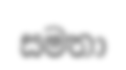
සමතා